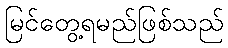
မြင်တွေ့ရမည်ဖြစ်သည်